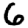
Digit: 6